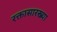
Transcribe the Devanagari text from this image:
रक्तासारख्या